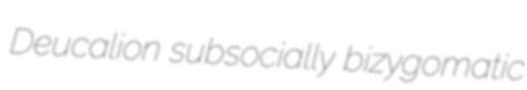
Deucalion subsocially bizygomatic